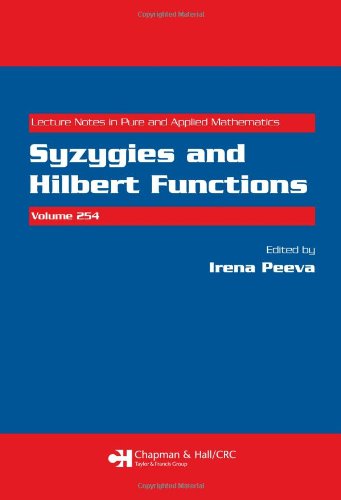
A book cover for Syzygies and Hilbert Functions (Lecture Notes in Pure and Applied Mathematics); Science & Math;